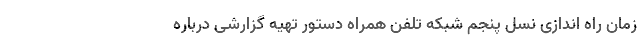
زمان راه اندازی نسل پنجم شبکه تلفن همراه دستور تهیه گزارشی درباره